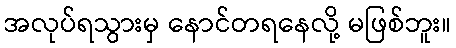
အလုပ်ရသွားမှ နောင်တရနေလို့ မဖြစ်ဘူး။